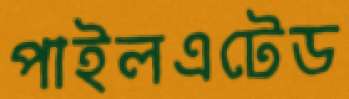
পাইলএটেড